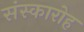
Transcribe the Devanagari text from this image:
संस्कारोह